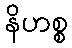
နိဟစ္စ